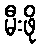
မီးဖို